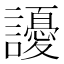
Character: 䜡